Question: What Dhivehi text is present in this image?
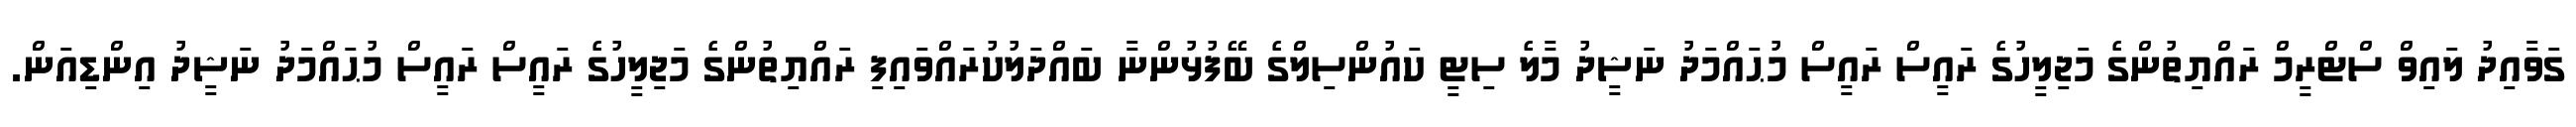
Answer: ގަވާއިދު ލައިވް ސްޓްރީމް ރައްޔިތުންގެ މަޖިލީހުގެ ރައީސް ރައީސް މުޙައްމަދު ނަޝީދު މާލެ ސިޓީ ކައުންސިލްގެ ބޭފުޅުންނާ ބައްދަލުކުރައްވައިފި ރައްޔިތުންގެ މަޖިލީހުގެ ރައީސް ރައީސް މުޙައްމަދު ނަޝީދު އިންޑިއަން.